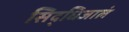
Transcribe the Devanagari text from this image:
सिद्धिजालं